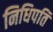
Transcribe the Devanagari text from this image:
निधिपति